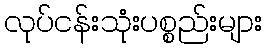
လုပ်ငန်းသုံးပစ္စည်းများ